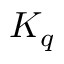
K _ { q }